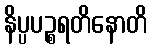
နိပ္ပပဉ္စရတိနောတိ